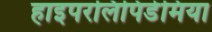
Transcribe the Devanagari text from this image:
हाइपरलिपिडेमिया